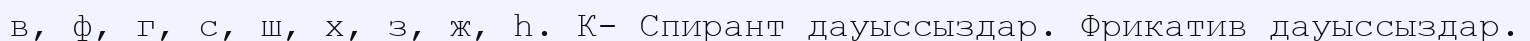
в, ф, г, с, ш, х, з, ж, һ. К- Спирант дауыссыздар. Фрикатив дауыссыздар.